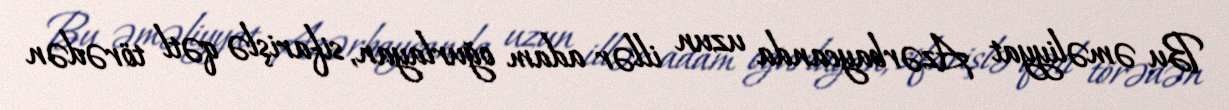
Bu əməliyyat Azərbaycanda uzun illər adam oğurlayan, sifarişlə qətl törədən